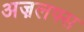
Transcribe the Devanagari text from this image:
अज़लफ्स